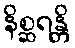
နိစ္ဆရန္တိ